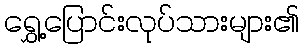
ရွှေ့ပြောင်းလုပ်သားများ၏